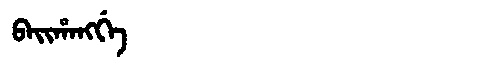
Manchu: ᠪᠠᡳᡥᠠᠩᡤᡝ
Romanization: BAIHANGGE